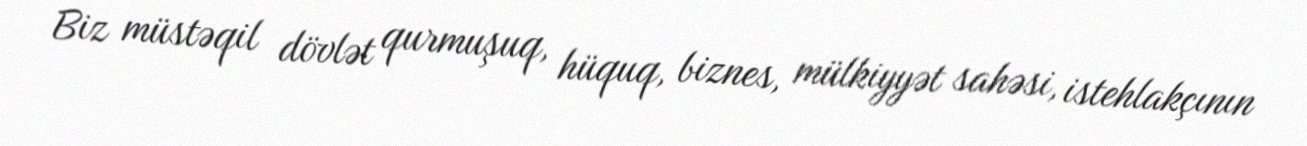
Biz müstəqil dövlət qurmuşuq, hüquq, biznes, mülkiyyət sahəsi, istehlakçının